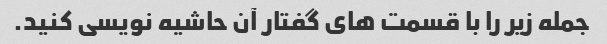
جمله زیر را با قسمت های گفتار آن حاشیه نویسی کنید.